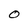
Character: O